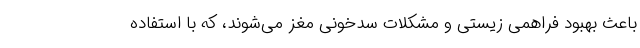
باعث بهبود فراهمی زیستی و مشکلات سدخونی مغز می‌شوند، که با استفاده